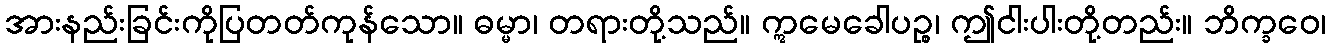
အားနည်းခြင်းကိုပြတတ်ကုန်သော။ ဓမ္မာ၊ တရားတို့သည်။ ဣမေခေါပဉ္စ၊ ဤငါးပါးတို့တည်း။ ဘိက္ခဝေ၊